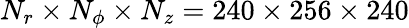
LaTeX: N_{r}\times N_{\phi}\times N_{z}=240\times 256\times 240